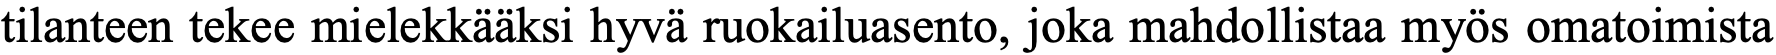
tilanteen tekee mielekkääksi hyvä ruokailuasento, joka mahdollistaa myös omatoimista